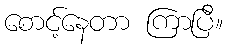
စောင့်နေတာ ကြာပြီ။